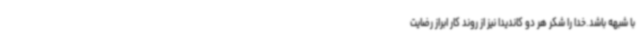
با شبهه باشد.خدا را شکر هر دو کاندیدا نیز از روند کار ابراز رضایت